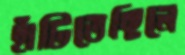
হাঁটিতেছিলে